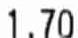
1.70